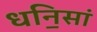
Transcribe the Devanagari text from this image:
धनि॒सां